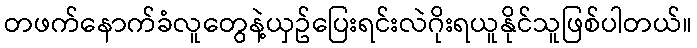
တဖက်နောက်ခံလူတွေနဲ့ယှဥ်ပြေးရင်းလဲဂိုးရယူနိုင်သူဖြစ်ပါတယ်။